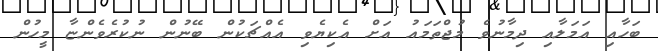
ބަހާއި އަމަލާއި ދިމާނުވެ މުޖްތަމައު އަށް އެކިޔެވި އެއްޗަކުން ބޭނުން ނުކުރެވެންޏާ މީހުން